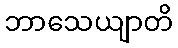
ဘာသေယျာတိ